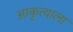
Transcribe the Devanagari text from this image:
आकृत्याला